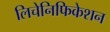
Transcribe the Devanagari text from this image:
लिचेनिफिकेशन